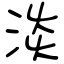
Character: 淡